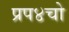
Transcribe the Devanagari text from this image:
प्रप४चो